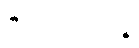
ဇိဝှါဝိညာဏဉ္စ